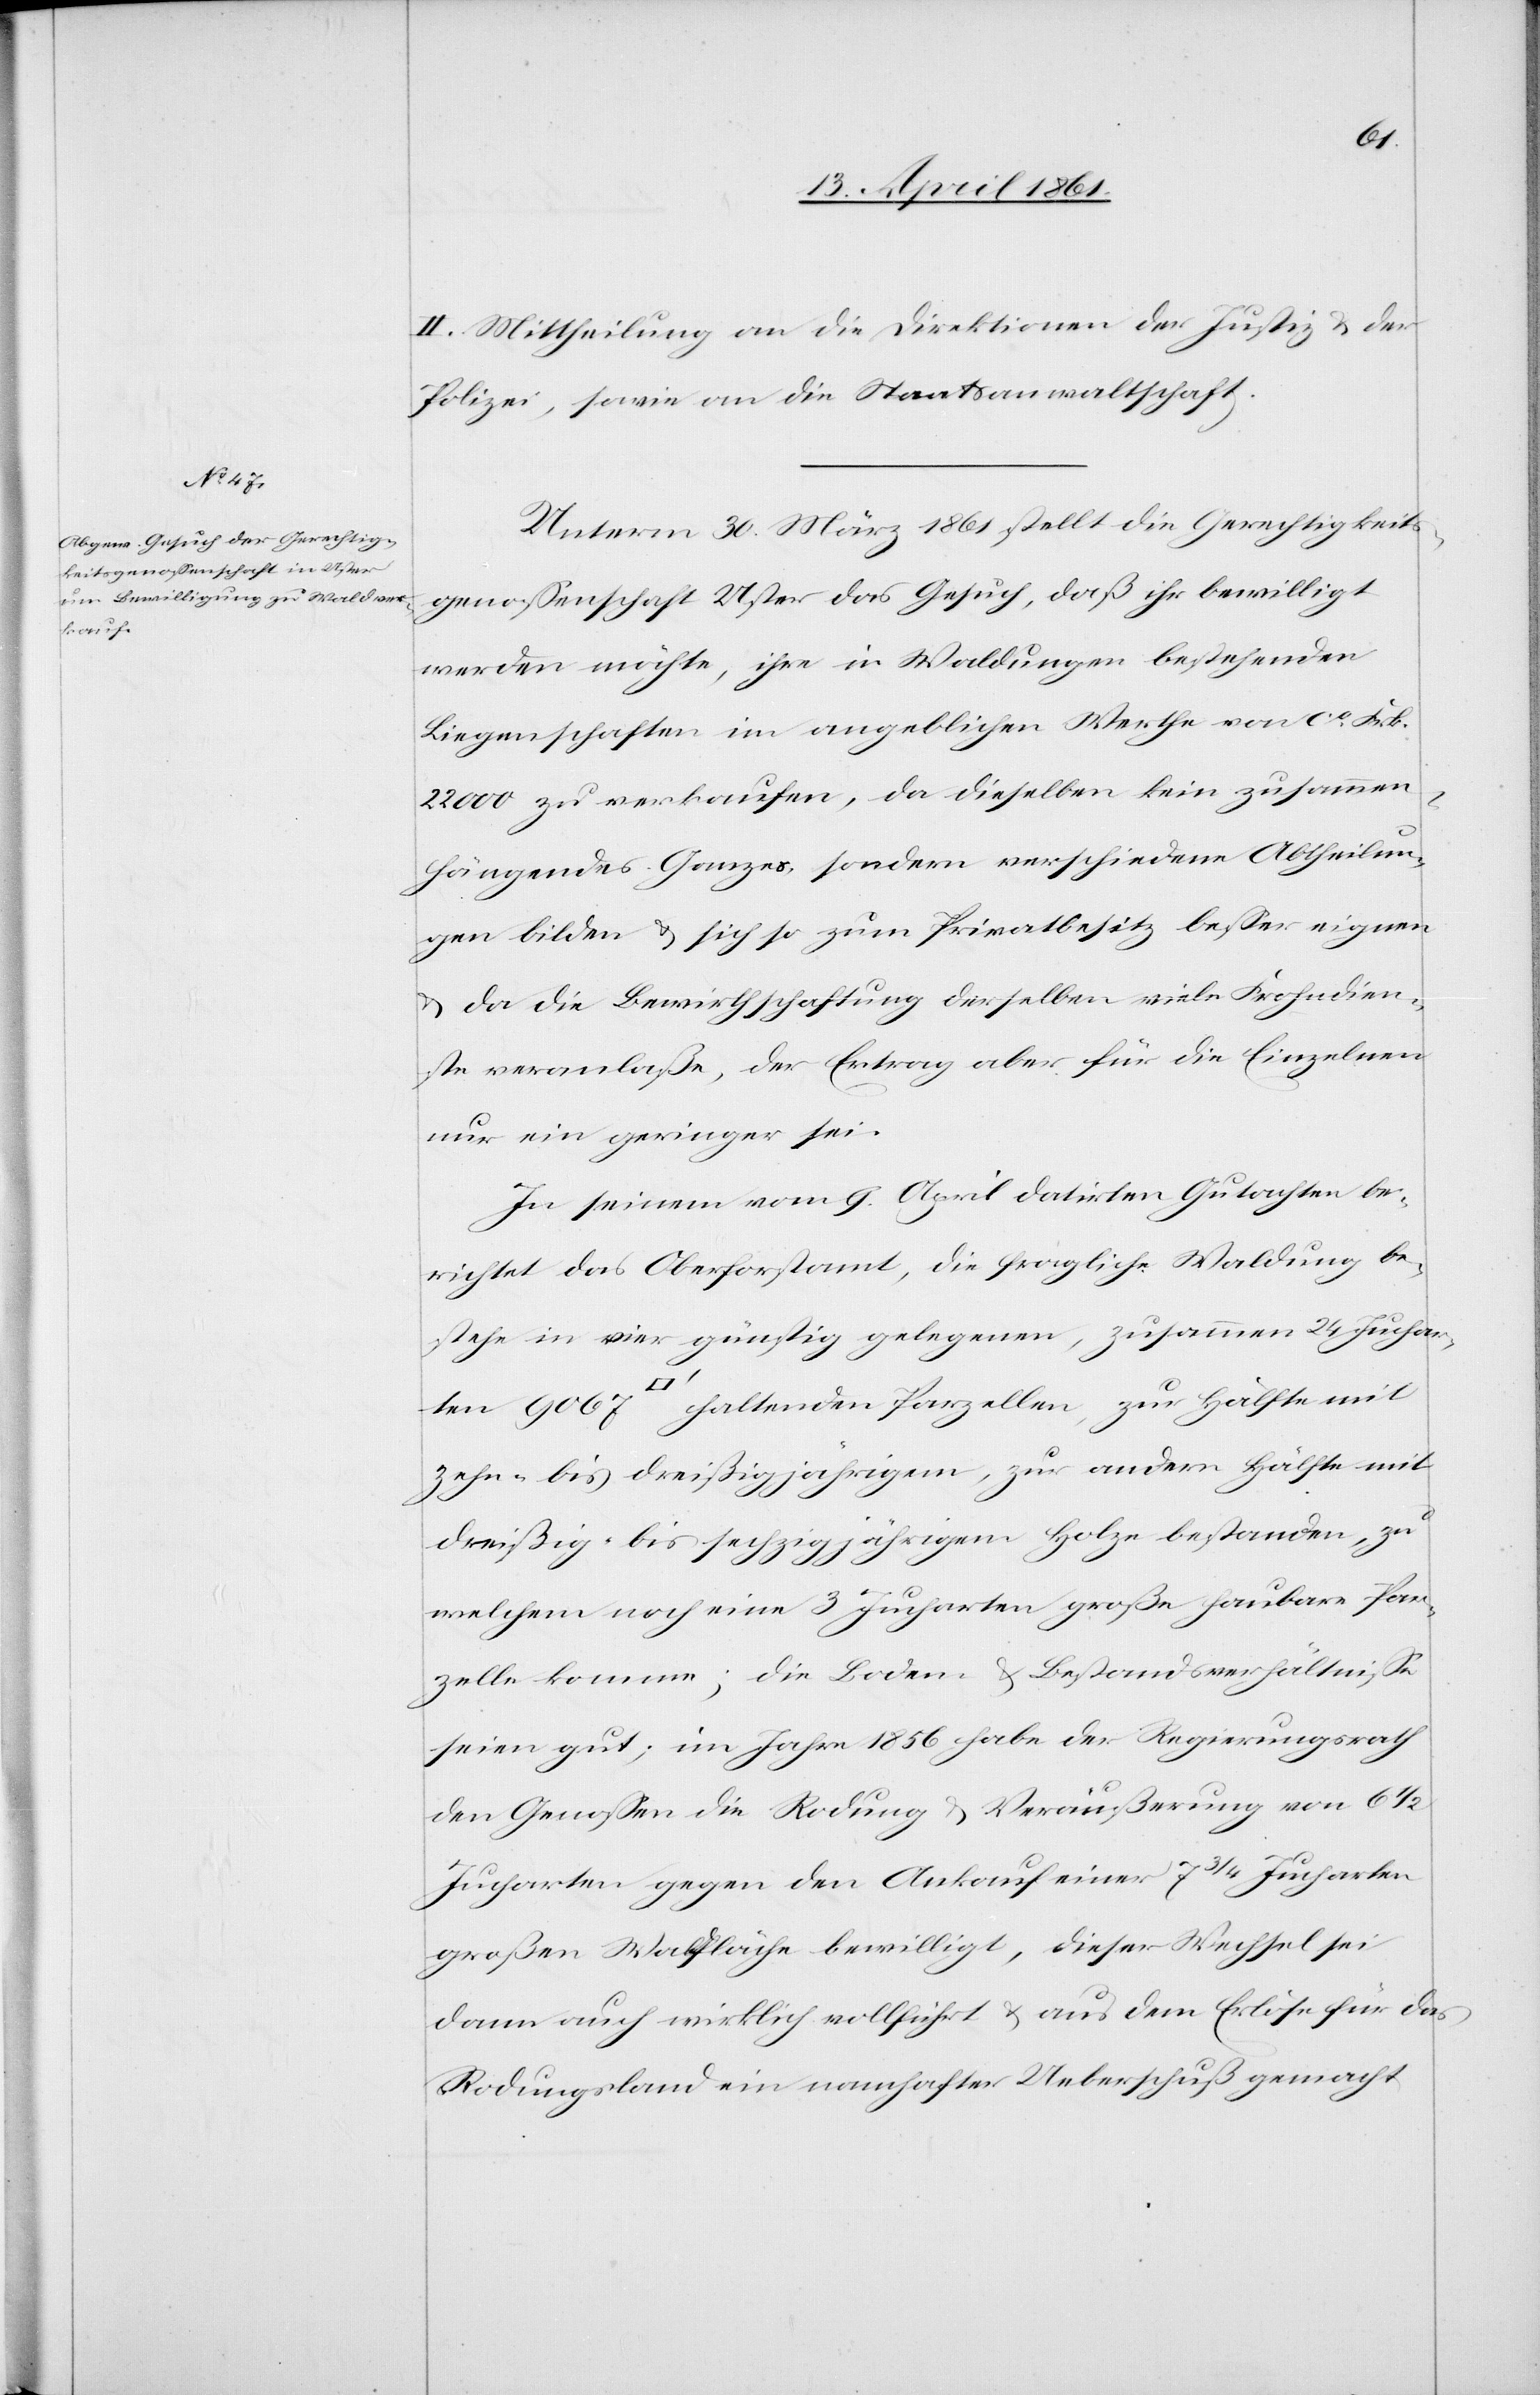
zehn

bis
II. Mittheilung an die Direktionen der Justiz u. der
Polizei, sowie an die Staatsanwaltschaft.
Unterm 30. März 1861 stellt die Gerechtigkeits¬
genossenschaft Uster das Gesuch, daß ihr bewilligt
werden möchte, ihre in Waldungen bestehenden
Liegenschaften im angeblichen Werthe von ca Frk.
22 000 zu verkaufen, da dieselben kein zusammen¬
hängendes Ganzes, sondern verschiedene Abtheilun¬
gen bilden u. sich so zum Privatbesitz besser eignen
u. da die Bewirthschaftung derselben viele Frohndien¬
ste veranlaße, der Ertrag aber für die Einzelnen
nur ein geringer sei.
In seinem vom 9. April datirten Gutachten be¬
richtet das Oberforstamt, die fragliche Waldung be¬
stehe in vier günstig gelegenen, zusammen 24 Juchar¬
ten 9067 [Quadratfuß] haltenden Parzellen, zur Hälfte mit
welchem noch eine 3 Jucharten große haubare Par¬
zelle komme; die Boden- u. Bestandsverhältnisse
seien gut; im Jahre 1856 habe der Regierungsrath
den Genossen die Rodung u. Veräußerung von 6
Jucharten gegen den Ankauf einer 7 3/4 Jucharten
großen Waldfläche bewilligt, dieser Wechsel sei
dann auch wirklich vollführt u. aus dem Erlöse für das
Rodungsland ein namhafter Ueberschuß gemacht